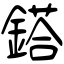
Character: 鎝